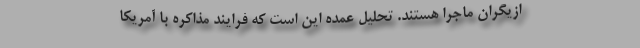
ازیگران ماجرا هستند. تحلیل عمده این است که فرایند مذاکره با آمریکا